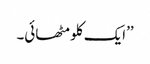
’’ایک کلو مٹھائی۔